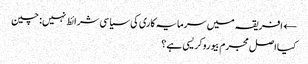
← افریقہ میں سرمایہ کاری کی سیاسی شرائط نہیں: چین
کیا اصل مجرم بیوروکریسی ہے؟